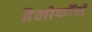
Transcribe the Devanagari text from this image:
हैलोफॉर्म